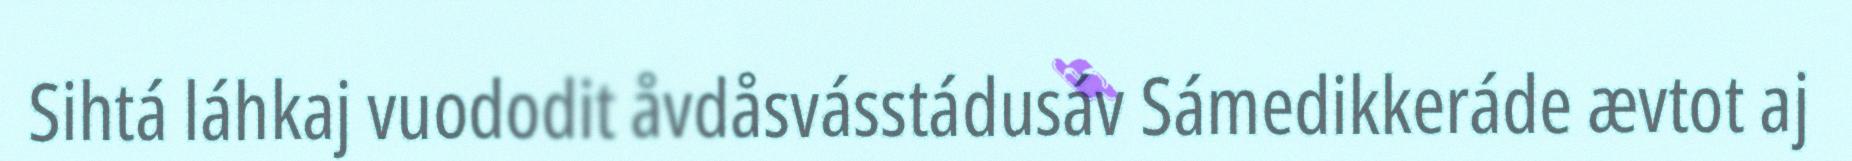
Sihtá láhkaj vuododit åvdåsvásstádusáv Sámedikkeráde ævtot aj